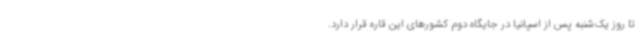
تا روز یک‌شنبه پس از اسپانیا در جایگاه دوم کشورهای این قاره قرار دارد.